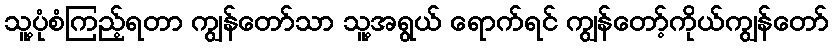
သူ့ပုံစံကြည့်ရတာ ကျွန်တော်သာ သူ့အရွယ် ရောက်ရင် ကျွန်တော့်ကိုယ်ကျွန်တော်